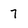
Character: 7